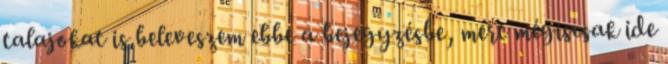
talajokat is beleveszem ebbe a bejegyzésbe, mert mégiscsak ide